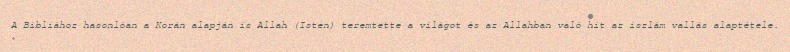
A Bibliához hasonlóan a Korán alapján is Allah (Isten) teremtette a világot és az Allahban való hit az iszlám vallás alaptétele.